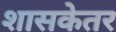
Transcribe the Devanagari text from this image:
शासकेतर